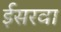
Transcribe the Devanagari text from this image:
ईसरवा